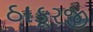
ઠાકૂરજી